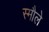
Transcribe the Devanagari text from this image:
स्मौले